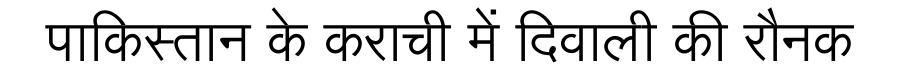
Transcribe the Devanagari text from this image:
पाकिस्तान के कराची में दिवाली की रौनक